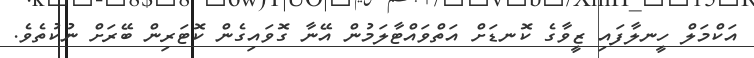
އަކްމަލް ހީނލާފައި ޒީވާގެ ކޮނޑަށް އަތްވައްޓާލަމުން އޭނާ ގޮވައިގެން ކޮޓަރިން ބޭރަށް ނުކުތެވެ.